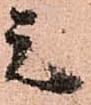
元